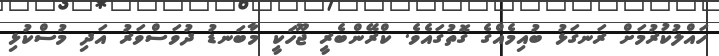
ހައްލުކުރުމަށް ރަނގަޅު ބުއިމެއްގެ ގޮތުގައެވެ. ކްރޭންބެރީ ޖޫހަކީ މާބަނޑު ދުވަސްވަރު އަދި މުސްކުޅި